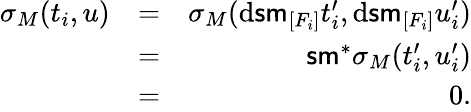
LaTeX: \begin{array}{rlr}{\sigma_{M}(t_{i},u)}&{=}&{\sigma_{M}(\mathrm{d}\mathsf{sm}_{[F_{i}]}t_{i}^{\prime},\mathrm{d}\mathsf{sm}_{[F_{i}]}u_{i}^{\prime})}\\ &{=}&{\mathsf{sm}^{*}\sigma_{M}(t_{i}^{\prime},u_{i}^{\prime})}\\ &{=}&{0.}\end{array}